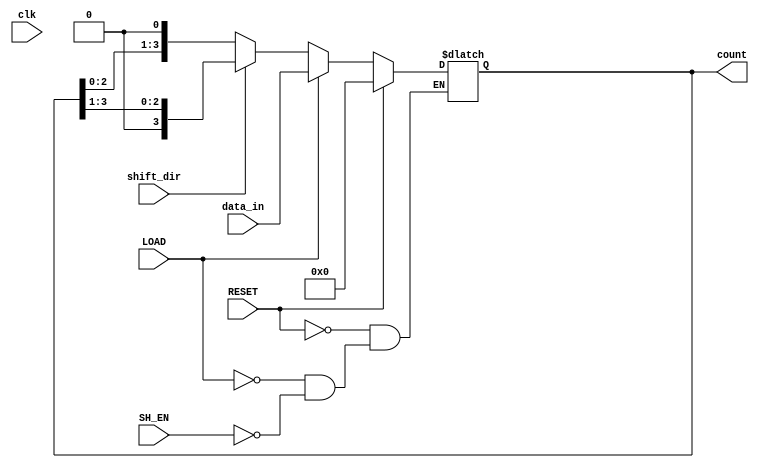
module async_shift_counter (
    input wire clk,           // Clock signal (not used in this design)
    input wire SH_EN,        // Shift Enable signal
    input wire LOAD,         // Load signal
    input wire RESET,        // Reset signal
    input wire [3:0] data_in, // Input data for loading
    input wire shift_dir,    // Shift direction: 0 for left, 1 for right
    output reg [3:0] count   // Current count output
);

    // Asynchronous reset
    always @(*) begin
        if (RESET) begin
            count <= 4'b0000; // Reset the counter to 0
        end else if (LOAD) begin
            count <= data_in; // Load the input data into the counter
        end else if (SH_EN) begin
            if (shift_dir == 1'b0) begin
                // Shift left
                count <= {count[2:0], 1'b0}; // Shift left and fill with 0
            end else begin
                // Shift right
                count <= {1'b0, count[3:1]}; // Shift right and fill with 0
            end
        end
    end

endmodule